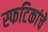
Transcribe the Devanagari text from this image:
स्फटिकांचे